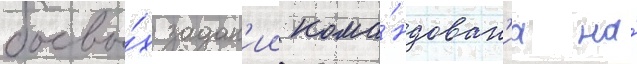
боевы́х задан'ии кома́ндован'иа на́